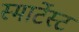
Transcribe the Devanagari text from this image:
स्मार्टेस्ट